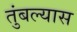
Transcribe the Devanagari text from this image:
तुंबल्यास